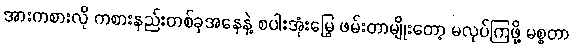
အားကစားလို ကစားနည်းတစ်ခုအနေနဲ့ စပါးအုံးမြွေ ဖမ်းတာမျိုးတော့ မလုပ်ကြဖို့ မစ္စတာ